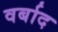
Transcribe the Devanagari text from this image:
वर्बाद